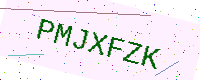
Text: PMJXFZK